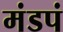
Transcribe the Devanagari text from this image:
मंडपं